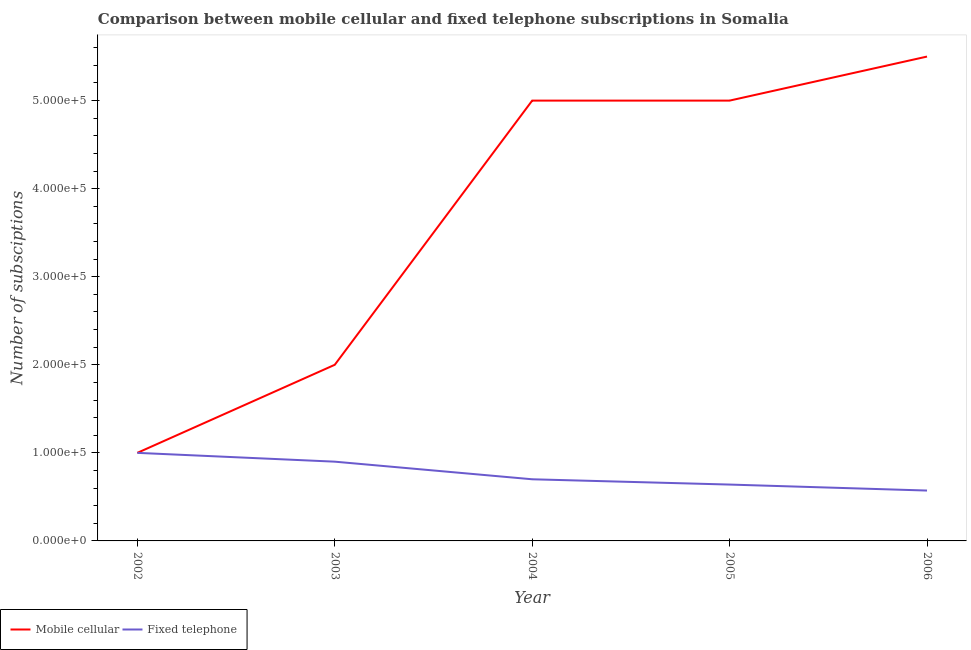
| Year | Mobile cellular | Fixed telephone |
 | --- | --- | --- |
 | 2002 | 1e+05 | 1e+05 |
 | 2003 | 2e+05 | 9e+04 |
 | 2004 | 5e+05 | 7e+04 |
 | 2005 | 5e+05 | 6.4e+04 |
 | 2006 | 5.5e+05 | 5.72e+04 |